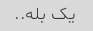
یک بله..